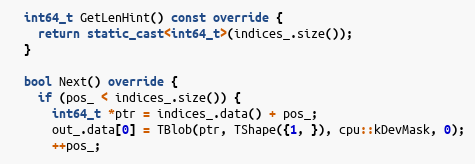
Language: C++
  int64_t GetLenHint() const override {
    return static_cast<int64_t>(indices_.size());
  }

  bool Next() override {
    if (pos_ < indices_.size()) {
      int64_t *ptr = indices_.data() + pos_;
      out_.data[0] = TBlob(ptr, TShape({1, }), cpu::kDevMask, 0);
      ++pos_;